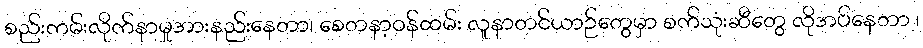
စည်းကမ်းလိုက်နာမှုအားနည်းနေတာ၊ စေတနာ့ဝန်ထမ်း လူနာတင်ယာဉ်တွေမှာ စက်သုံးဆီတွေ လိုအပ်နေတာ ၊